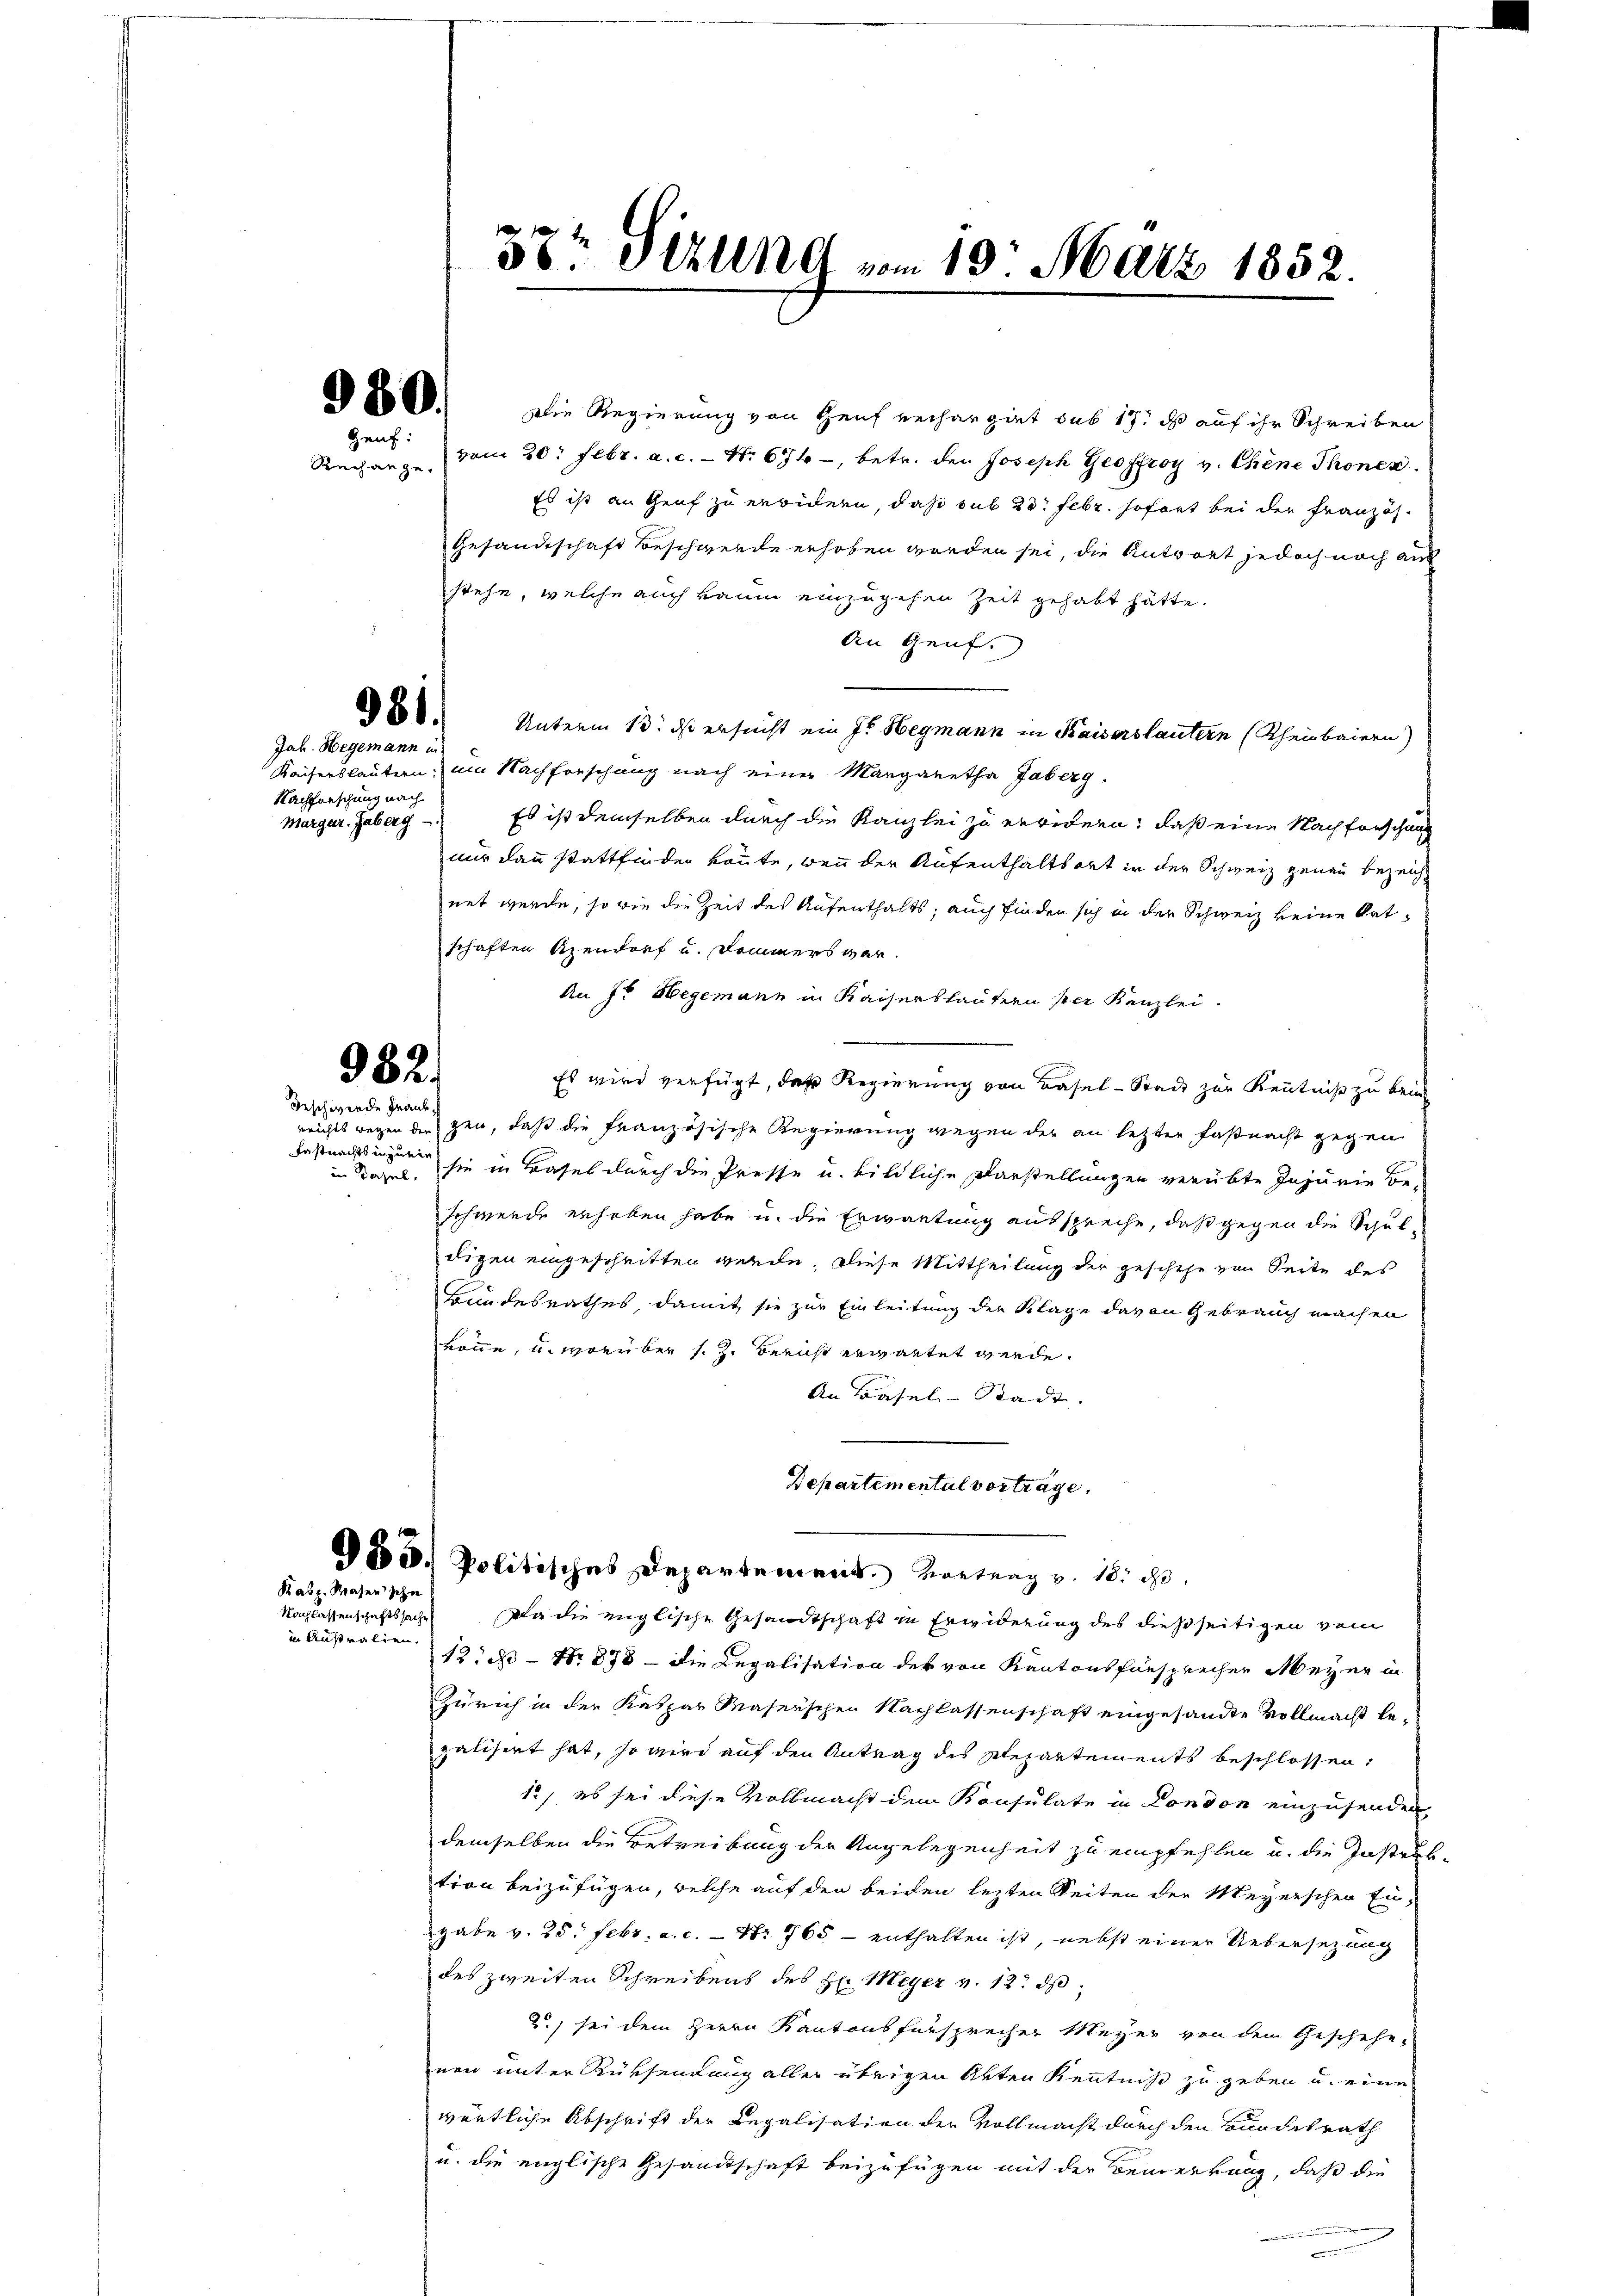
Rechange.

Nachlassenschaftssache
in Australien.

800. Die Regierung von Heuf verhangirt sub 17: ds auf ihr Schreiben
Hent vom 20. Febr. a. c. Nr. 674, betr. den Joseph Geoffroy v. Chine Thonen.
Es ist an Genf zu erwidern, daß sub 23. Febr. sofort bei der Französ.
Gesandtschaft Beschwerde erhoben worden sei, die Antwort jedoch noch au
stehe, welche auch kaum einzugehen Zeit gehabt hätte.
An Genf.
680. Unterm 13. ds ersucht ein Is. Hegmann in Kaiserlautern (Rheinbaiern)
Kaiserläutern am Nachforschung nach einer Margaretha Jaberg.
Es ist demselben durch die Kanzlei zu erwidern, daß eine Nachforschung
nur dann stattfinden könnte, wenn der Aufenthaltsort in der Schweiz genau bezeich
net werde, so wie die Zeit des Aufenthalts; auch finden sich in der Schweiz keine Ortschaften Rendorf und Dommers vor.
An J. Hegemann in Kaisershäutern sei Kanzlei.
Es wird verfügt, daß Regierung von Basel-Stadt zur Kenntniß zu kein
reichts wegen dergen, daß die französische Regierung wegen der an letzter Faßnacht gegen
sie in Basel durch die Presse u. bildliche Darstellungen verübte Injurie Be-
schwerde erhoben habe u. die Erwartung ausspreche, daß gegen die Schuldigen eingeschritten werde. Diese Mittheilung der geschehe von Seite des
Bundesrathes, damit sie zur Einleitung der Klage davon Gebrauch machen
könne, u. worüber s. Z. Bericht erwartet werde.
An Basel-Stadt. |
Departemental vortrage.
85. Politisches Departement. Vortrag v. 18. d.
Da die englische Gesandtschaft in Erwiderung des dießseitigen vom
12, N. - No 878 - die Legalisation der von Kantonsfürsprecher Meyer in
Zürich in der Kaspar Maserschen Nachlassenschaft eingesandte Vollmacht be-
galisert hat, so wird auf den Antrag des Repartements beschlossen:
12, es sei diese Vollmacht dem Konsulate in London einzusenden
demselben die Betreibung der Angelegenheit zu empfehlen u. die Instaubtion beizufügen, welche auf den beiden lezten Seiten der Meyerschen Engabe v. 25. Febr. a. c. - Nr. 765 - enthalten ist, nebst einer Uebersezung
des zweiten Schreibens des H. Meyer v. 12. ds.
2.) sei dem Herrn Kantonsfürsprecher Meyer von dem Geschehe,
nen unter Rüksendung aller übrigen Arten Kenntniß zu geben u. eine
wärtliche Abschrift der Regalisation der Vollmacht durch den Bundesrath
u. die englische Gesandtschaft beizufügen mit der Bemerkung, daß die

Jah. Hegemann in
Nachforschung nach
Margar. Gaberg

982.
Beschwerde Graube,

Fastnachts in zuein
an Parzel,

Rabr. Waser schn

e
30t Sekund vom 19. März 1852.